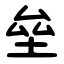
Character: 垒